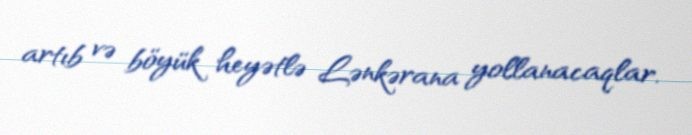
artıb və böyük heyətlə Lənkərana yollanacaqlar.